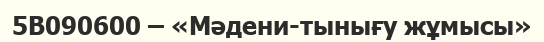
5В090600 – «Мәдени-тынығу жұмысы»